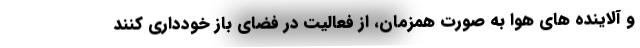
و آلاینده های هوا به صورت همزمان، از فعالیت در فضای باز خودداری کنند